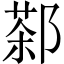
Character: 𲆙